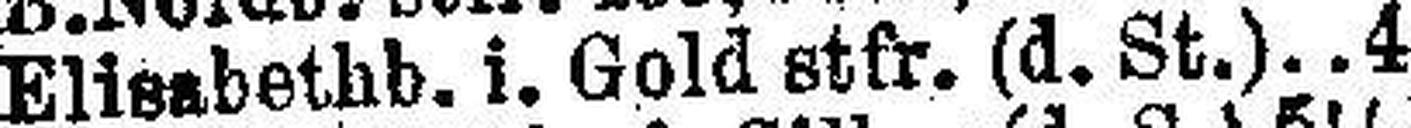
Elisabethb. i. Gold stfr. (d. St.).4